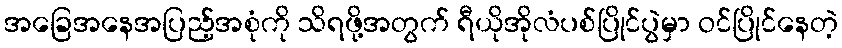
အခြေအနေအပြည့်အစုံကို သိရဖို့အတွက် ရီယိုအိုလံပစ်ပြိုင်ပွဲမှာ ဝင်ပြိုင်နေတဲ့